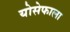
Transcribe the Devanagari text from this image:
योसेफाला